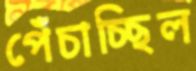
পেঁচাচ্ছিল